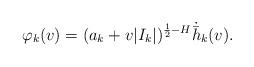
LaTeX: \begin{align*}\varphi_k(v)=(a_{k}+v|I_{k}|)^{\frac{1}{2}-H}\dot{\bar{h}}_{k}(v).\end{align*}